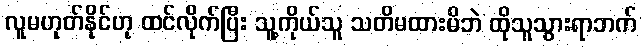
လူမဟုတ်နိုင်ဟု ထင်လိုက်ပြီး သူ့ကိုယ်သူ သတိမထားမိဘဲ ထိုသူသွားရာဘက်